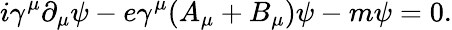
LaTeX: i\gamma^{\mu}\partial_{\mu}\psi-e\gamma^{\mu}(A_{\mu}+B_{\mu})\psi-m\psi=0.